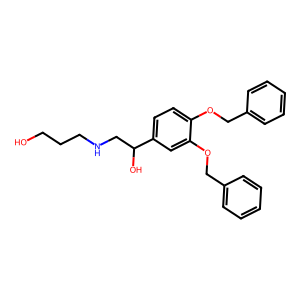
SMILES: OCCCNCC(O)c1ccc(OCc2ccccc2)c(OCc2ccccc2)c1
Inhibits HIV replication: No